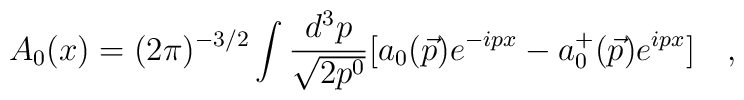
A_0(x)=(2 \pi)^{-3/2} \int \frac{d^3 p}{\sqrt{2 p^0}} [a_0(\vec{p})e^{-ipx} - a_0^+(\vec{p}) e^{ipx}] \quad ,